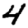
Digit: 4